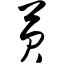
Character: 芡